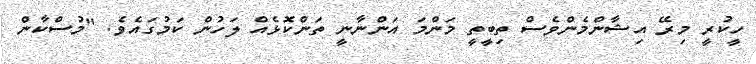
ހީކުރީ މިރޭ އިޝާންމެންވެސް ތިބީތީ މަންމަ އަންނާނީ ތަންކޮޅެއް ލަހުން ކަމުގައެވެ. "މުސްކާން